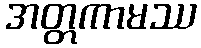
အတ္တကာမဿ